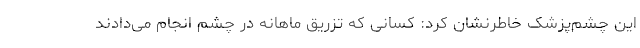
این چشم‌پزشک خاطرنشان کرد: کسانی که تزریق ماهانه در چشم انجام می‌دادند